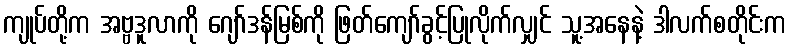
ကျုပ်တို့က အဗ္ဗဒူလာကို ဂျော်ဒန်မြစ်ကို ဖြတ်ကျော်ခွင့်ပြုလိုက်လျှင် သူ့အနေနဲ့ ဒါလက်စတိုင်းက